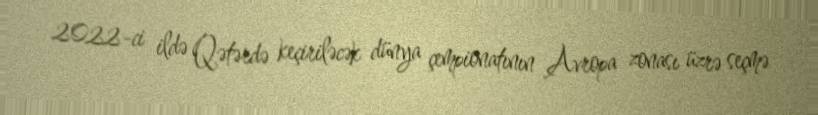
2022-ci ildə Qətərdə keçiriləcək dünya çempionatının Avropa zonası üzrə seçmə